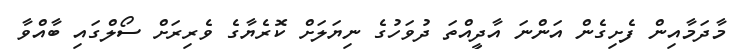
މާދަމާއިން ފެށިގެން އަންނަ އާދީއްތަ ދުވަހުގެ ނިޔަލަށް ކޮރެޔާގެ ވެރިރަށް ސޯލްގައި ބާއްވާ